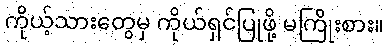
ကိုယ့်သားတွေမှ ကိုယ်ရှင်ပြုဖို့ မကြိုးစား။